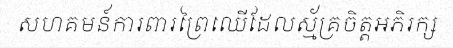
សហគមន៍ការពារព្រៃឈើដែលស្ម័គ្រចិត្តអភិរក្ស